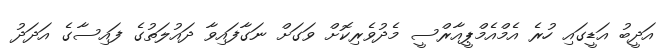
އަދީބު އަޑީގައި ހުރެ އެމްއެމްޕީއާރްސީ މެދުވެރިކޮށް ވަގަށް ނަގާފައިވާ ދައުލަތުގެ ފައިސާގެ އަދަދު